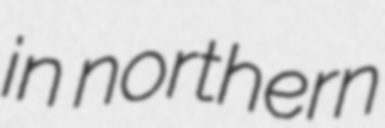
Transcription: in northern